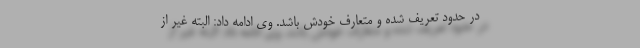
در حدود تعریف شده و متعارف خودش باشد. وی ادامه داد: البته غیر از